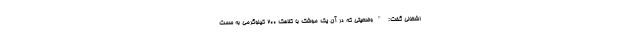
اشغالی گفت: "وضعیتی که در آن یک موشک با کلاهک ۲۰۰ کیلوگرمی به سمت